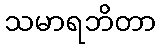
သမာရဘိတာ